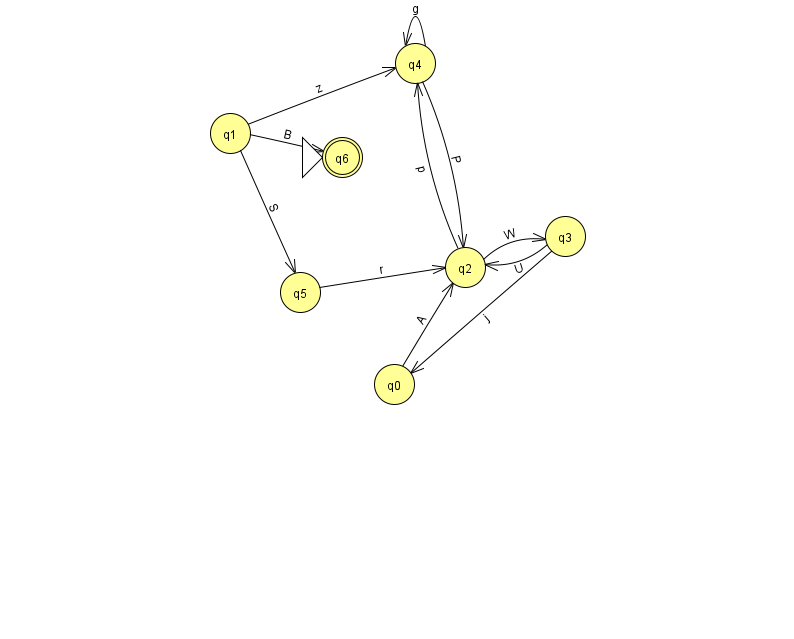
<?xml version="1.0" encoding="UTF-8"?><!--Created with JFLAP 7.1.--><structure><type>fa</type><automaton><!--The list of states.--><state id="0" name="q0"><x>394.0</x><y>371.0</y></state><state id="1" name="q1"><x>230.0</x><y>120.0</y></state><state id="2" name="q2"><x>465.0</x><y>254.0</y></state><state id="3" name="q3"><x>565.0</x><y>223.0</y></state><state id="4" name="q4"><x>415.0</x><y>50.0</y></state><state id="5" name="q5"><x>300.0</x><y>279.0</y></state><state id="6" name="q6"><x>342.0</x><y>144.0</y><initial/><final/></state><!--The list of transitions.--><transition><from>1</from><to>5</to><read>S</read></transition><transition><from>1</from><to>6</to><read>B</read></transition><transition><from>3</from><to>0</to><read>j</read></transition><transition><from>0</from><to>2</to><read>A</read></transition><transition><from>1</from><to>4</to><read>z</read></transition><transition><from>5</from><to>2</to><read>r</read></transition><transition><from>4</from><to>4</to><read>g</read></transition><transition><from>2</from><to>3</to><read>W</read></transition><transition><from>2</from><to>4</to><read>p</read></transition><transition><from>4</from><to>2</to><read>P</read></transition><transition><from>3</from><to>2</to><read>U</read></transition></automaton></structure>